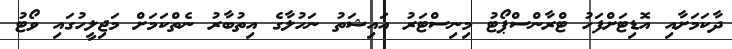
ދާކަމަށާއި އޮޑިޓަށްފަހު ޓްރާންސްޕޯޓު މިނިސްޓަރު އައިޝަތު ނަހުލާގެ އިތުބާރު ނެތްކަމަށް މަޖިލީހުގައި ވޯޓު